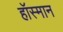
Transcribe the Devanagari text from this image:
हॉस्मान